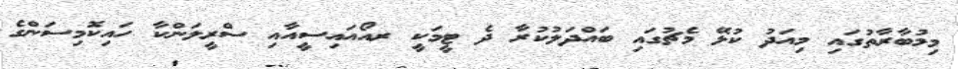
މިމުބާރާތުގައި މިއަދު ކުޅޭ މެޗުގައި ބައްދަލުކުރާ ދެ ޓީމަކީ ރއޯއައިސީއާއި ސްރީލަންކާ ހައިކޮމިސަންގެ